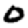
Digit: 0